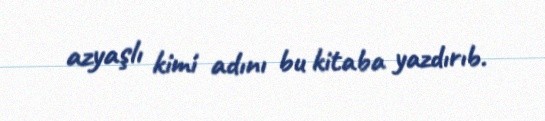
azyaşlı kimi adını bu kitaba yazdırıb.